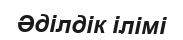
Әділдік ілімі